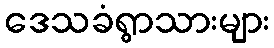
ဒေသခံရွာသားများ